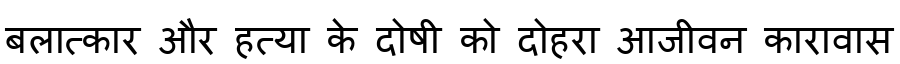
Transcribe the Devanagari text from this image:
बलात्कार और हत्या के दोषी को दोहरा आजीवन कारावास